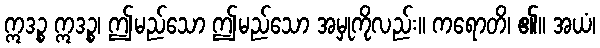
ဣဒဉ္စ ဣဒဉ္စ၊ ဤမည်သော ဤမည်သော အမှုကိုလည်း။ ကရောတိ၊ ၏။ အယံ၊